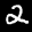
Label: 2